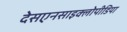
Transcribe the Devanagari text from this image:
देसएनसाइक्लोपीडिया